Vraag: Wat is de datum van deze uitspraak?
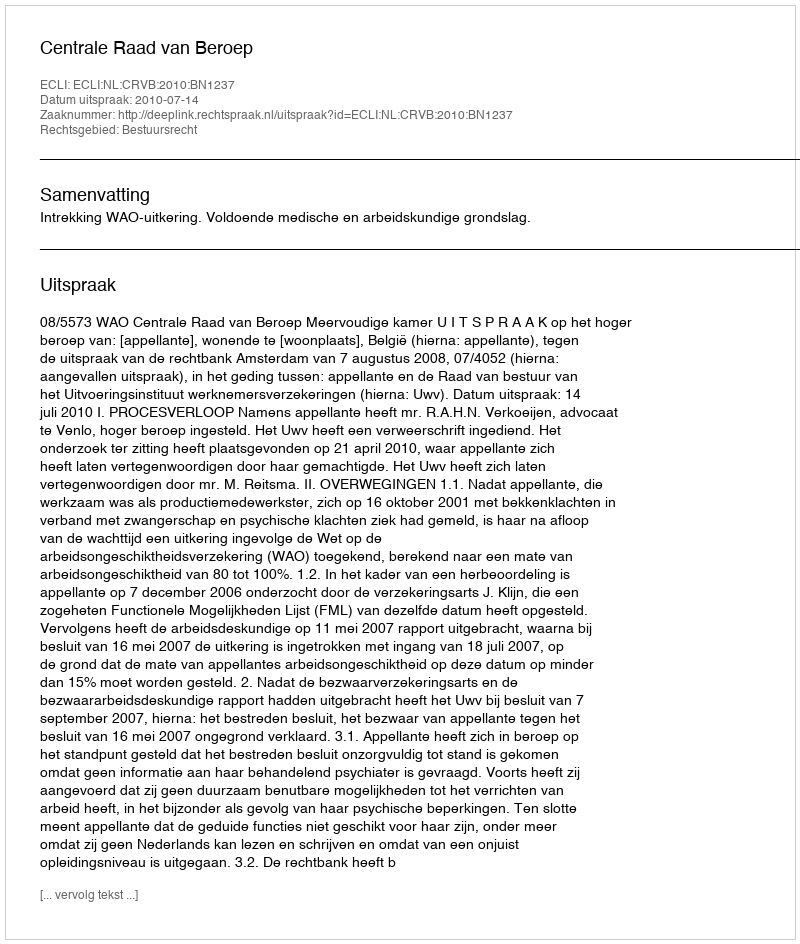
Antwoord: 2010-07-14